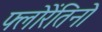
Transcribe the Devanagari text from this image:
फ्लोरेंतिनो